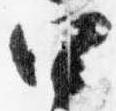
四